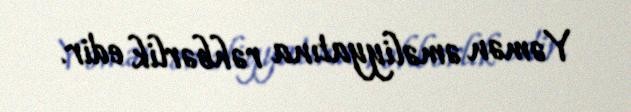
Yəmən əməliyyatına rəhbərlik edir.